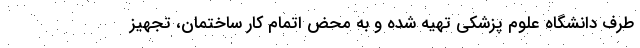
طرف دانشگاه علوم پزشکی تهیه شده و به محض اتمام کار ساختمان، تجهیز